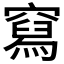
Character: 𰩛